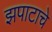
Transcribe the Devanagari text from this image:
झपाटाचे